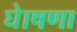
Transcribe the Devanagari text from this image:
घेाषणा